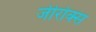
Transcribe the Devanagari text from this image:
जीरोक्स